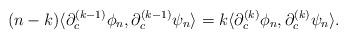
LaTeX: \begin{align*}(n-k)\langle \partial_c^{(k-1)}\phi_n,\partial_c^{(k-1)}\psi_n \rangle = k\langle \partial_c^{(k)}\phi_n,\partial_c^{(k)}\psi_n \rangle.\end{align*}